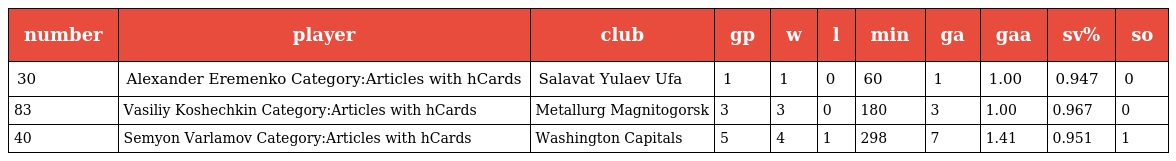
| number | player | club | gp | w | l | min | ga | gaa | sv% | so |
 | --- | --- | --- | --- | --- | --- | --- | --- | --- | --- | --- |
 | 30 | Alexander Eremenko Category:Articles with hCards | Salavat Yulaev Ufa | 1 | 1 | 0 | 60 | 1 | 1.00 | 0.947 | 0 |
 | 83 | Vasiliy Koshechkin Category:Articles with hCards | Metallurg Magnitogorsk | 3 | 3 | 0 | 180 | 3 | 1.00 | 0.967 | 0 |
 | 40 | Semyon Varlamov Category:Articles with hCards | Washington Capitals | 5 | 4 | 1 | 298 | 7 | 1.41 | 0.951 | 1 |